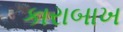
કારાબાખ